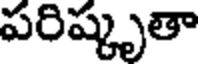
పరిష్కృతా